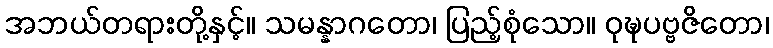
အဘယ်တရားတို့နှင့်။ သမန္နာဂတော၊ ပြည့်စုံသော။ ဝုဍ္ဎပဗ္ဗဇိတော၊